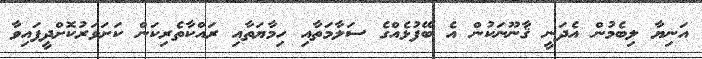
އަނިޔާ ލިބެމުން އެދަނީ ޤާނޫނަކުން އެ ބޭފުޅެއްގެ ސަލާމަތާއި ހިމާޔަތާއި ރައްކާތެރިކަން ކަށަވަރުކޮށްދީފައިވާ